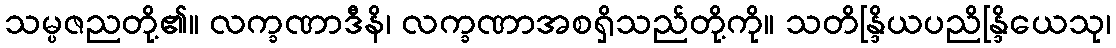
သမ္ပဇညတို့၏။ လက္ခဏာဒီနိ၊ လက္ခဏာအစရှိသည်တို့ကို။ သတိန္ဒြိယပညိန္ဒြိယေသု၊